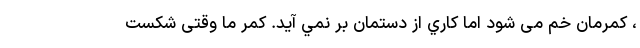
، کمرمان خم می شود اما كاري از دستمان بر نمي آيد. کمر ما وقتی شکست